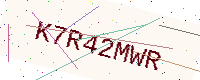
Text: K7R42MWR